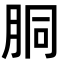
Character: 胴